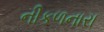
નીકળનારા